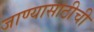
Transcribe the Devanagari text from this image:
जाण्यासाठीची